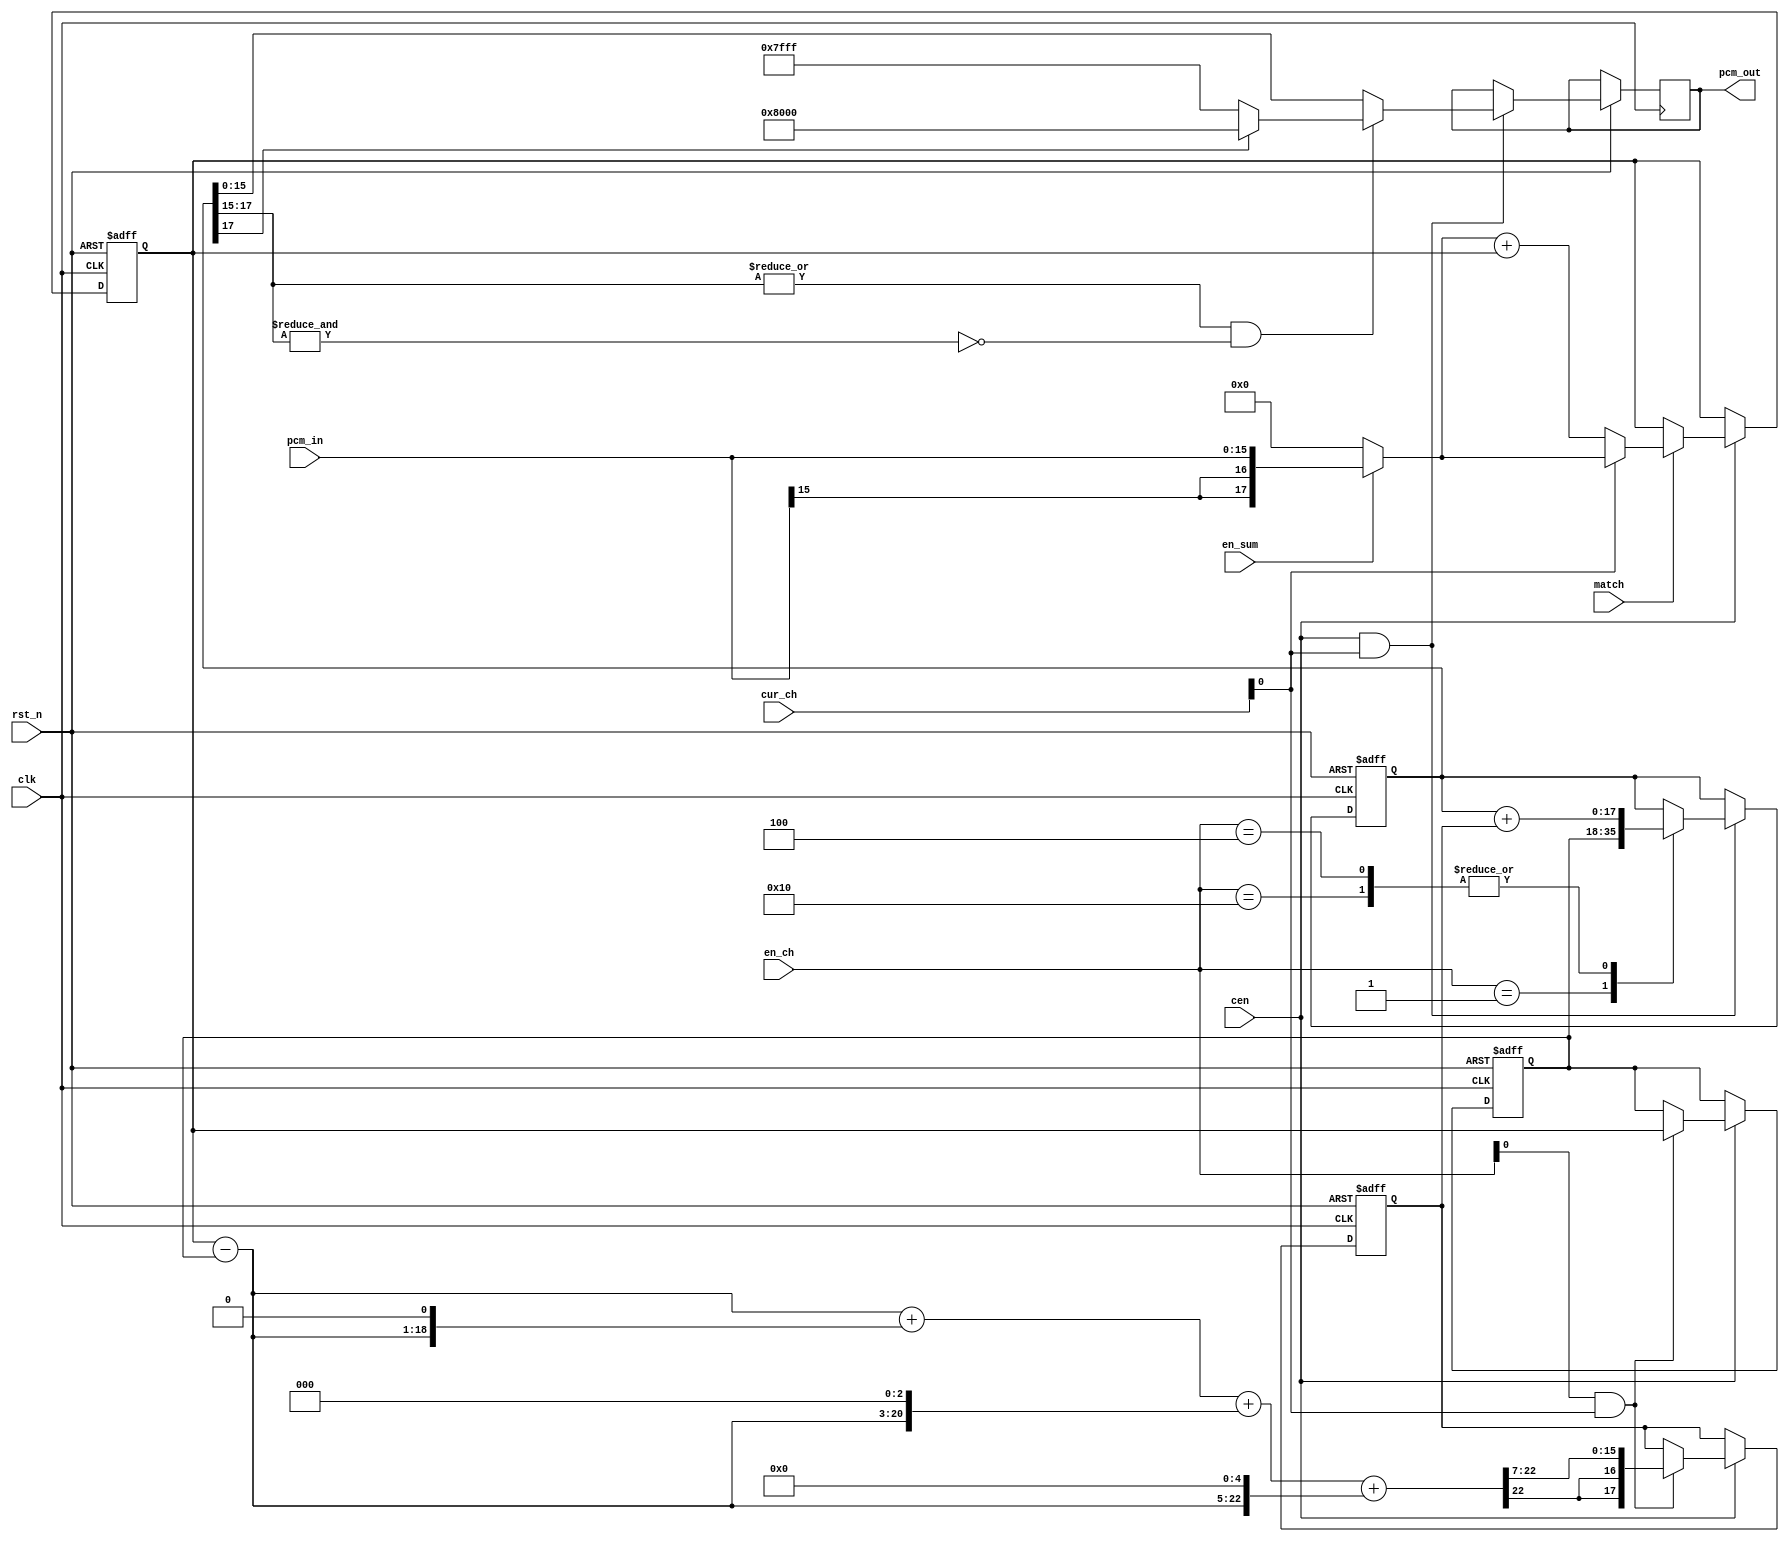
/* This file is part of JT12.


    JT12 program is free software: you can redistribute it and/or modify
    it under the terms of the GNU General Public License as published by
    the Free Software Foundation, either version 3 of the License, or
    (at your option) any later version.

    JT12 program is distributed in the hope that it will be useful,
    but WITHOUT ANY WARRANTY; without even the implied warranty of
    MERCHANTABILITY or FITNESS FOR A PARTICULAR PURPOSE.  See the
    GNU General Public License for more details.

    You should have received a copy of the GNU General Public License
    along with JT12.  If not, see <http://www.gnu.org/licenses/>.

    Author: Jose Tejada Gomez. Twitter: @topapate
    Version: 1.0
    Date: 21-03-2019
*/

// Adds all 6 channels and apply linear interpolation to rise
// sampling frequency to 55.5 kHz

module jt10_adpcm_acc(
    input           rst_n,
    input           clk,        // CPU clock
    input           cen,        // 111 kHz
    // pipeline channel
    input   [5:0]   cur_ch,
    input   [5:0]   en_ch,
    input           match,

    input           en_sum,
    input  signed [15:0] pcm_in,    // 18.5 kHz
    output reg signed [15:0] pcm_out    // 55.5 kHz
);

wire signed [17:0] pcm_in_long = en_sum ? { {2{pcm_in[15]}}, pcm_in } : 18'd0;
reg  signed [17:0] acc, last, pcm_full;
reg  signed [17:0] step;

reg signed [17:0] diff;
reg signed [22:0] diff_ext, step_full; 

always @(*) begin
    diff = acc-last;
    diff_ext = { {5{diff[17]}}, diff };
    step_full = diff_ext        // 1/128
        + ( diff_ext << 1 )     // 1/64
        + ( diff_ext << 3 )     // 1/16
        + ( diff_ext << 5 );    // 1/4

end

wire adv = en_ch[0] & cur_ch[0];

always @(posedge clk or negedge rst_n)
    if( !rst_n ) begin
        step <= 'd0;
        acc  <= 18'd0;
        last <= 18'd0;
    end else if(cen) begin
        if( match )
            acc <= cur_ch[0] ? pcm_in_long : ( pcm_in_long + acc );
        if( adv ) begin
            // step = diff * (1/4+1/16+1/64+1/128)
            step <= { {2{step_full[22]}}, step_full[22:7] }; // >>>7;
            last <= acc;
        end
    end
wire overflow = |pcm_full[17:15] & ~&pcm_full[17:15];

always @(posedge clk or negedge rst_n)
    if( !rst_n ) begin
        pcm_full <= 18'd0;
    end else if(cen && cur_ch[0]) begin
        case( en_ch )
            6'b000_001: pcm_full <= last;
            6'b000_100,
            6'b010_000: pcm_full <= pcm_full + step;
            default:;
        endcase
        if( overflow )
            pcm_out <= pcm_full[17] ? 16'h8000 : 16'h7fff; // saturate
        else
            pcm_out <= pcm_full[15:0];
    end

endmodule // jt10_adpcm_acc